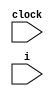
// Swap model from "Applying SAT Methods in Unbounded Symbolic Model
// Checking," by Ken McMillan.
// Initially, x[j]=j.  At each clock cycle, two adjacent numbers are
// swapped.
//

module swap(clock,i);
    parameter K = 3;		// bits in each number
    parameter Nm1 = 7;		// highest index (must be less than 1<<K)
    input         clock;
    input [K-1:0] i;

    reg [K-1:0]   x [0:Nm1];
    reg [K-1:0]   tmp;
    wire [K-1:0]  m, p;
    integer 	  j;

    initial begin
	for (j=0; j<=Nm1; j=j+1)
	  x[j] = j;
	tmp = 0;
    end

    assign p = (i >= Nm1) ? (Nm1): i;
    assign m = (p == 0) ? Nm1 : (p-1);

    always @ (posedge clock) begin
	tmp = x[p];
	x[p] = x[m];
	x[m] = tmp;
    end

endmodule // swap